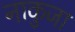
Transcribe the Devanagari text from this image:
नाकुजा